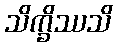
သိက္ခိဿသိ